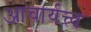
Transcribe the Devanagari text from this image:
आचार्यत्त्व